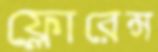
ফ্লোরেন্স